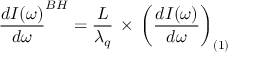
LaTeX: \frac { d I ( \omega ) } { d \omega } ^ { B H } = \frac { L } { \lambda _ { q } } \, \times \, \left( \frac { d I ( \omega ) } { d \omega } \right) _ { ( 1 ) }